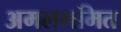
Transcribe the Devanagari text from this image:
अमलगमित